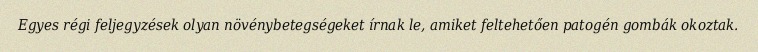
Egyes régi feljegyzések olyan növénybetegségeket írnak le, amiket feltehetően patogén gombák okoztak.